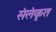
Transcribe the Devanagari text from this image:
संलंकृत